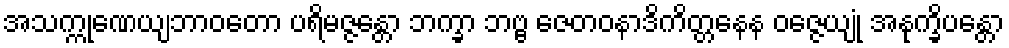
အသက္ကုဏေယျဘာဝတော ပရိမဇ္ဇန္တော ဘက္ခာ ဘဗ္ဗ ဇေတဝနာဒိကိတ္တနေန ဝဇ္ဇေယျုံ အနုက္ခိပန္တော